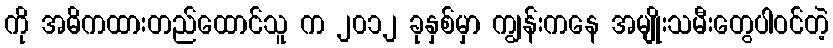
ကို အဓိကထားတည်ထောင်သူ က ၂၀၁၂ ခုနှစ်မှာ ကျွန်းကနေ အမျိုးသမီးတွေပါဝင်တဲ့